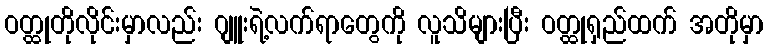
ဝတ္ထုတိုလိုင်းမှာလည်း ဂျူးရဲ့လက်ရာတွေကို လူသိများပြီး ဝတ္ထုရှည်ထက် အတိုမှာ